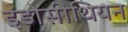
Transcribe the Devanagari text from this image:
इंडोसीथियन